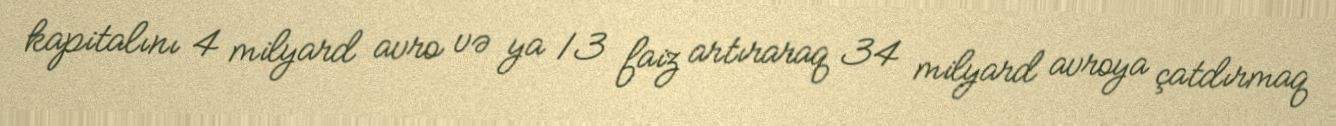
kapitalını 4 milyard avro və ya 13 faiz artıraraq 34 milyard avroya çatdırmaq